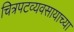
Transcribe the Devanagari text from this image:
चित्रपटव्यवसायाच्या